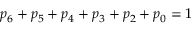
p _ { 6 } + p _ { 5 } + p _ { 4 } + p _ { 3 } + p _ { 2 } + p _ { 0 } = 1